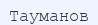
Тауманов